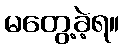
မတွေ့ခဲ့ရ။